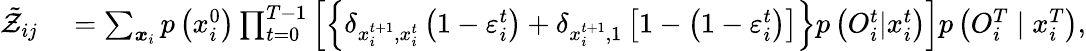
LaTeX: \begin{array}{rl}{\tilde{\mathcal{Z}}_{ij}}&{{}=\sum_{\boldsymbol{x}_{i}}{p\left(x_{i}^{0}\right)}\prod_{t=0}^{T-1}\left[\left\{ \delta_{x_{i}^{t+1},x_{i}^{t}}\left(1-\varepsilon_{i}^{t}\right)+\delta_{x_{i}^{t+1},1}\left[1-\left(1-\varepsilon_{i}^{t}\right)\right]\right\} p\left({O}_{i}^{t}|x_{i}^{t}\right)\right]p\left({O}_{i}^{T}\mid x_{i}^{T}\right),}\end{array}